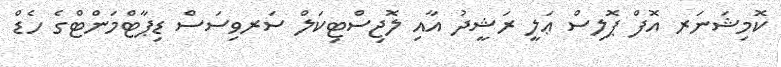
ކޮމިޝަނަރ އޮފް ޕޮލިސް ޢަލީ ރަޝީދު އާއި ލޮޖިސްޓިކަލް ސަރވިސަސް ޑިޕާޓްމަންޓްގެ ހެޑް